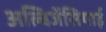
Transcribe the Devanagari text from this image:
अल्बिजेंसियाई